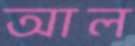
আল